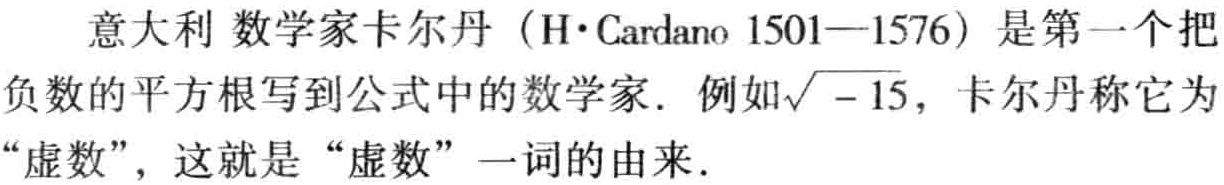
意大利数学家卡尔丹（H·Cardano 1501—1576）是第一个把负数的平方根写到公式中的数学家. 例如$\sqrt{-15}$，卡尔丹称它为“虚数”，这就是“虚数”一词的由来.